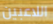
اللاعبين